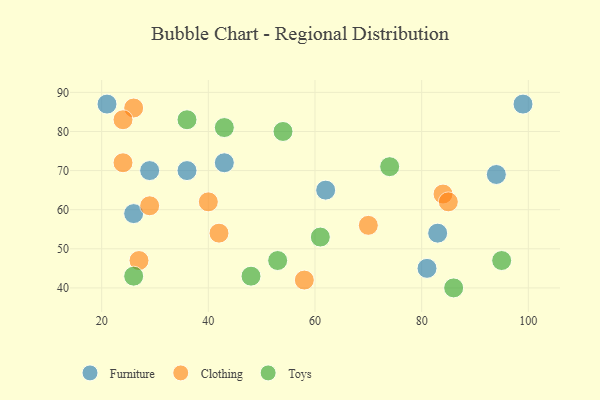
{"axis": {"x": "GDP", "y": "Life Expectancy"}, "legend": ["Clothing", "Furniture", "Toys"], "data": [{"x": "26", "y": 59, "type": "Furniture"}, {"x": "29", "y": 70, "type": "Furniture"}, {"x": "43", "y": 72, "type": "Furniture"}, {"x": "94", "y": 69, "type": "Furniture"}, {"x": "21", "y": 87, "type": "Furniture"}, {"x": "36", "y": 70, "type": "Furniture"}, {"x": "62", "y": 65, "type": "Furniture"}, {"x": "83", "y": 54, "type": "Furniture"}, {"x": "99", "y": 87, "type": "Furniture"}, {"x": "81", "y": 45, "type": "Furniture"}, {"x": "40", "y": 62, "type": "Clothing"}, {"x": "58", "y": 42, "type": "Clothing"}, {"x": "29", "y": 61, "type": "Clothing"}, {"x": "84", "y": 64, "type": "Clothing"}, {"x": "24", "y": 72, "type": "Clothing"}, {"x": "42", "y": 54, "type": "Clothing"}, {"x": "26", "y": 86, "type": "Clothing"}, {"x": "24", "y": 83, "type": "Clothing"}, {"x": "70", "y": 56, "type": "Clothing"}, {"x": "85", "y": 62, "type": "Clothing"}, {"x": "27", "y": 47, "type": "Clothing"}, {"x": "95", "y": 47, "type": "Toys"}, {"x": "48", "y": 43, "type": "Toys"}, {"x": "54", "y": 80, "type": "Toys"}, {"x": "26", "y": 43, "type": "Toys"}, {"x": "61", "y": 53, "type": "Toys"}, {"x": "53", "y": 47, "type": "Toys"}, {"x": "74", "y": 71, "type": "Toys"}, {"x": "86", "y": 40, "type": "Toys"}, {"x": "43", "y": 81, "type": "Toys"}, {"x": "36", "y": 83, "type": "Toys"}]}